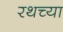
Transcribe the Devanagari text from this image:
रथच्या